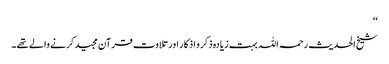
‘‘
شیخ الحدیث رحمہ اللہ بہت زیادہ ذکر و اذکار اور تلاوت قرآن مجید کرنے والے تھے ۔